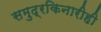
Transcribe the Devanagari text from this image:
समुद्रकिनारीही